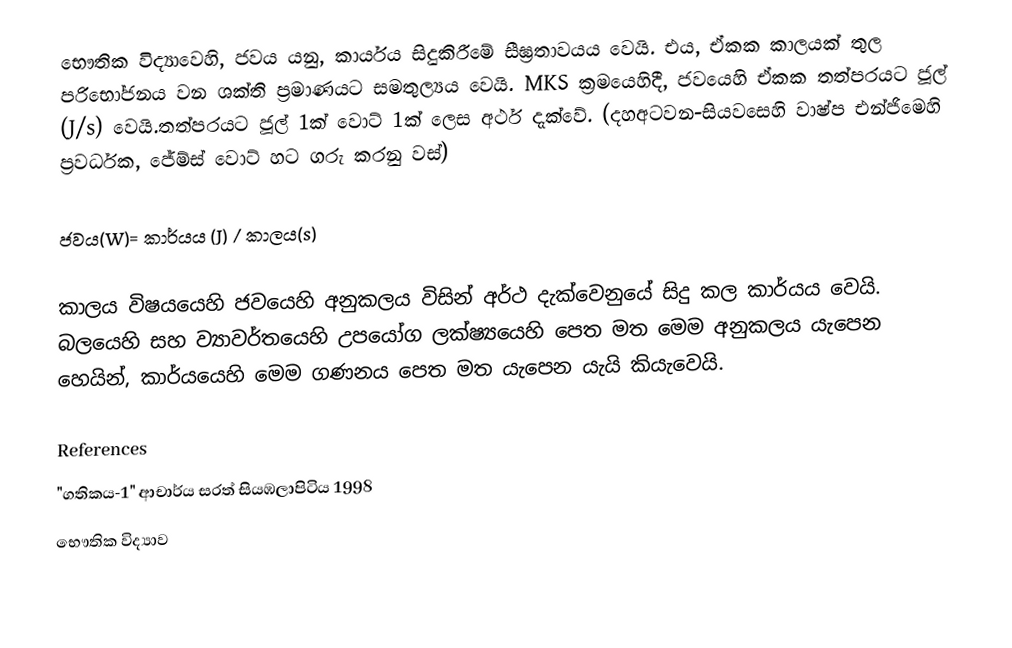
භෞතික විද්‍යාවෙහි, ජවය යනු,  කාර්යය සිදුකිරීමේ සීඝ්‍රතාවයය වෙයි. එය, ඒකක කාලයක් තුල පරිභෝජනය වන ශක්ති ප්‍රමාණයට සමතුල්‍යය වෙයි.  MKS ක්‍රමයෙහිදී, ජවයෙහි ඒකක තත්පරයට ජූල් (J/s) වෙයි.තත්පරයට ජූල් 1ක් වොට් 1ක් ලෙස අර්ථ දැක්වේ. (දහඅටවන-සියවසෙහි  වාෂ්ප එන්ජිමෙහි ප්‍රවර්ධක, ජේම්ස් වොට් හට ගරු කරනු වස්)

ජවය(W)= කාර්යය (J) / කාලය(s)

කාලය විෂයයෙහි ජවයෙහි අනුකලය විසින් අර්ථ දැක්වෙනුයේ සිදු කල කාර්යය වෙයි. බලයෙහි සහ ව්‍යාවර්තයෙහි උපයෝග ලක්ෂ්‍යයෙහි පෙත මත මෙම අනුකලය යැපෙන හෙයින්, කාර්යයෙහි මෙම ගණනය පෙත මත යැපෙන යැයි කියැවෙයි.

References
 "ගතිකය-1"   ආචාර්ය සරත් සියඹලාපිටිය 1998
භෞතික විද්‍යාව